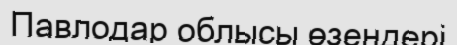
Павлодар облысы өзендері